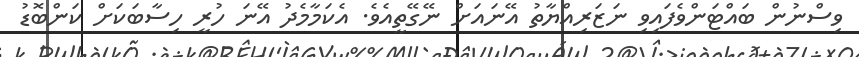
ވިސްނުން ބައްޓަންވެފައިވި ނަޒަރިއްޔާތު އޭނައަށް ނޭގޭތީއެވެ. އެކަމާމެދު އޭނަ ހުރީ ހިސާބަކަށް ކަންބޮޑު